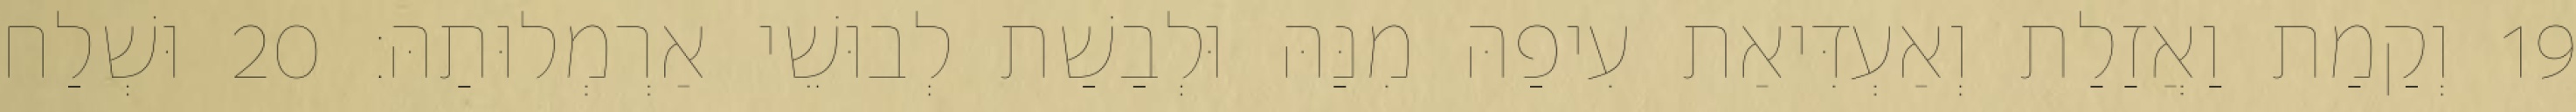
19 וְקַמַת וַאֲזַלַת וְאַעְדִּיאַת עִיפַהּ מִנַּהּ וּלְבַשַׁת לְבוּשֵׁי אַרְמְלוּתַהּ׃ 20 וּשְׁלַח